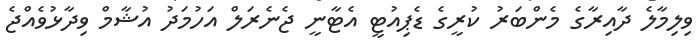
ވިލިމާލެ ދާއިރާގެ މެންބަރު ކުރީގެ ޑެޕިއުޓީ އެޓާނީ ޖެނެރަލް އަހުމަދު އުޝާމް ވިދާޅުވެއްޖެ